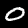
Digit: 0